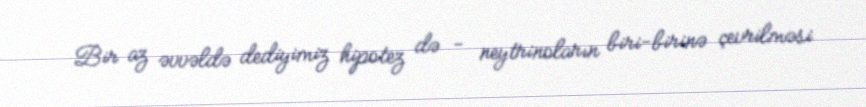
Bir az əvvəldə dediyimiz hipotez də - neytrinoların biri-birinə çevrilməsi